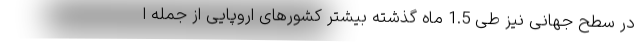
در سطح جهانی نیز طی 1.5 ماه گذشته بیشتر کشورهای اروپایی از جمله ا